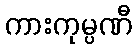
ကားကုမ္ပဏီ